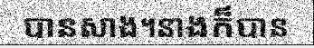
បានសាង។នាងក៏បាន